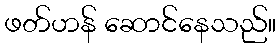
ဖတ်ဟန် ဆောင်နေသည်။